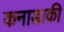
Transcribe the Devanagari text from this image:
कनाडाकी